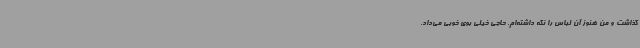
گذاشت و من هنوز آن لباس را نگه داشته‌ام. حاجی خیلی بوی خوبی می‌داد.